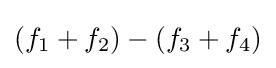
(f_{1}+f_{2})-(f_{3}+f_{4})